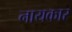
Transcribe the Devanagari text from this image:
नायकार